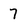
Character: 7